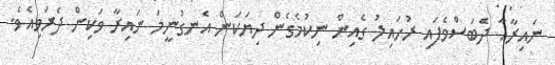
ނައިރާއާ ދެބަސްވެފައި ރުހައިލު ގެއިން ނިކުމެގެން ދިޔަކަން އެނގުނީމަ ނައިރާ ވަކިން ދެރަވިއެވެ.